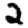
Digit: 2